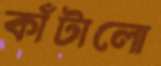
কাঁটালো